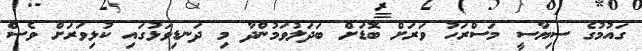
ގައުމުގެ ސިޔާސީ މަސްރަހު ވަރަށް ބޮޑަށް ބަދަލުވަމުންދާ މި ދަނޑިވަޅުގައި ކުޅިވަރަށް ވެސް